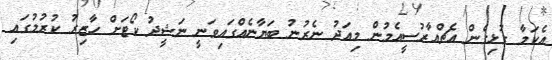
އެކަމާ ގުޅިގެން އެޗްއާރުސީއެމުން މިއަދު ނެރުނު ބަޔާނެއްގައިވަނީ ނަޝީދު ކޯޓަށް ހާޒިރު ކުރުމުގައި